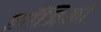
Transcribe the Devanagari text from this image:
लॉजिकों